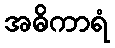
အဓိကာရံ